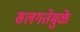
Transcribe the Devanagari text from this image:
सलगतेमुळे